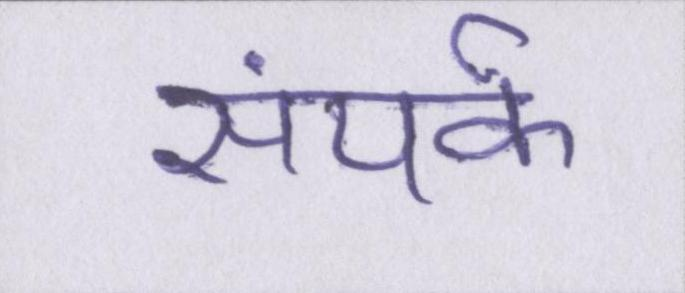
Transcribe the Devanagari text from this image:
संपर्क